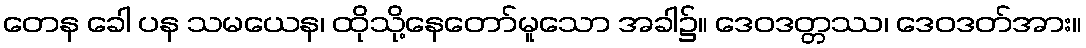
တေန ခေါ ပန သမယေန၊ ထိုသို့နေတော်မူသော အခါ၌။ ဒေဝဒတ္တဿ၊ ဒေဝဒတ်အား။